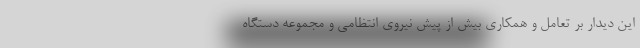
این دیدار بر تعامل و همکاری بیش از پیش نیروی انتظامی و مجموعه دستگاه